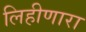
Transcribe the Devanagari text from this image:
लिहीणारा